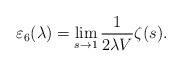
LaTeX: \begin{align*}\varepsilon_{6}(\lambda)=\lim_{s\rightarrow 1}\frac{1}{2\lambda V}\zeta(s).\\\end{align*}